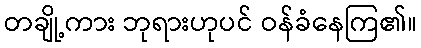
တချို့ကား ဘုရားဟုပင် ဝန်ခံနေကြ၏။